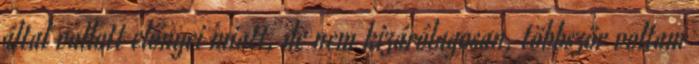
által vallott előnyei miatt, de nem kizárólagosan, többször voltam